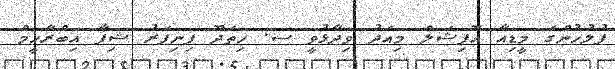
ފުލުހުންގެ މީޑިއާ އޮފިޝަލް މިއަދު ވިދާޅުވީ ސ. ހިތަދޫ ފިނިފަރު ޝިފާ އިބްރާހީމް